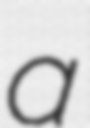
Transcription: a